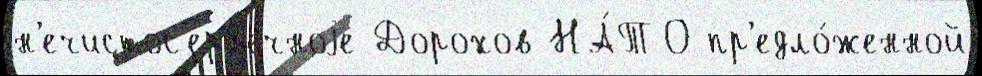
н'ечистос'ерд'ечноjе Дорохов НА́ТО пр'едло́женной